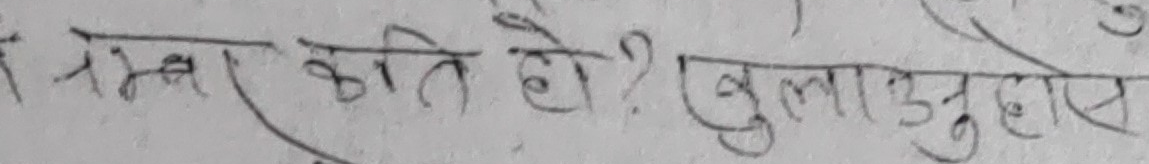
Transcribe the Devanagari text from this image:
सम्भार कति हो ? खुलाउनुहोस् ।